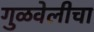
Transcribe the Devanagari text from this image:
गुळवेलीचा